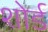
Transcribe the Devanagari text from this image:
शोर्ड